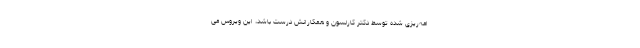
امه‌ریزی شده توسط دکتر کارلسون و همکارانش درست باشد، این ویروس می